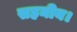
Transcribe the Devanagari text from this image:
सहनीय।